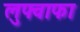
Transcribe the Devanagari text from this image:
लुफ्वाफा